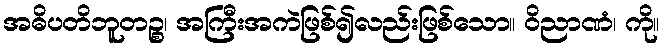
အဓိပတိဘူတဉ္စ၊ အကြီးအကဲဖြစ်၍လည်းဖြစ်သော။ ဝိညာဏံ၊ ကို။